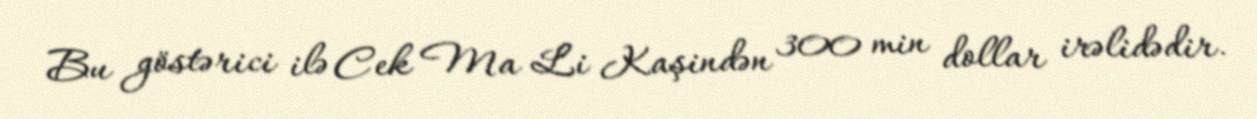
Bu göstərici ilə Cek Ma Li Kaşindən 300 min dollar irəlidədir.